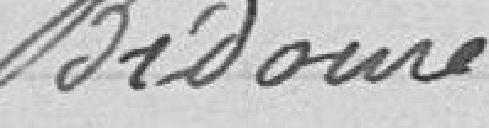
Bidouré.